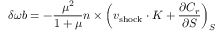
\delta \omega \boldsymbol { b } = - \frac { \mu ^ { 2 } } { 1 + \mu } \boldsymbol { n } \times \left( \boldsymbol { v } _ { \mathrm { s h o c k } } \cdot \boldsymbol { K } + \frac { \partial C _ { r } } { \partial S } \right) _ { S }